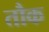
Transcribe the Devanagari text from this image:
तौक